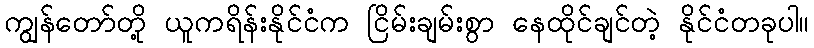
ကျွန်တော်တို့ ယူကရိန်းနိုင်ငံက ငြိမ်းချမ်းစွာ နေထိုင်ချင်တဲ့ နိုင်ငံတခုပါ။